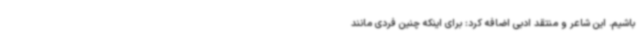
باشیم. این شاعر و منتقد ادبی اضافه کرد: برای اینکه چنین فردی مانند